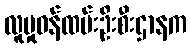
လူမှုဝန်ထမ်းဦးစီးဌာနက